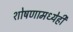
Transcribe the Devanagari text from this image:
शोषणामध्येही